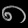
Digit: ၈